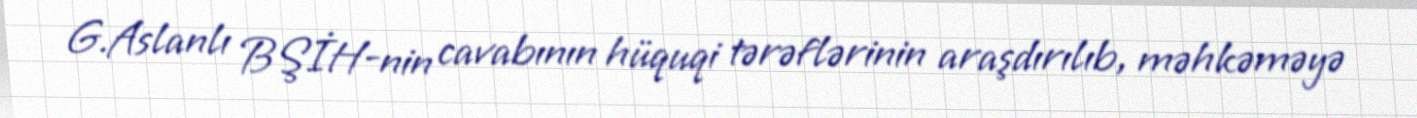
G.Aslanlı BŞİH-nin cavabının hüquqi tərəflərinin araşdırılıb, məhkəməyə